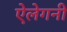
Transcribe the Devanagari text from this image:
ऐलेगनी